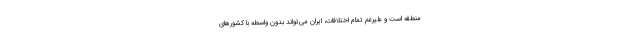
منطقه است و علیرغم تمام اختلافات، ایران می‌تواند بدون واسطه با کشورهای